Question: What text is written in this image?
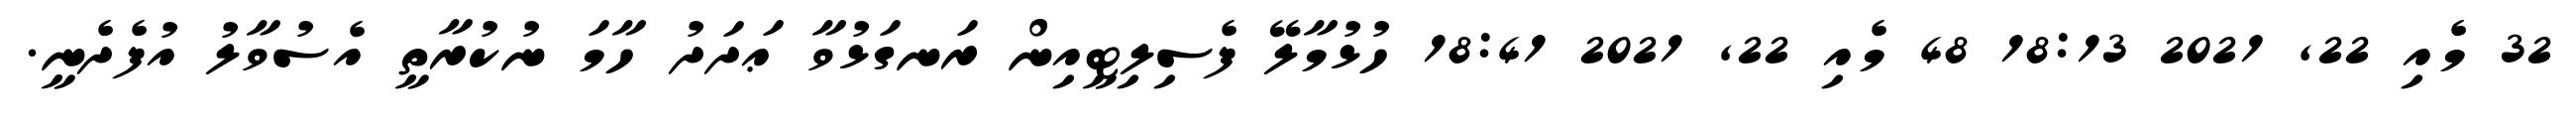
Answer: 32 މެއި 22, 2021 18:13 48 މެއި 22, 2021 18:41 ހުޅުމާލޭ ފެސިލިޓީއިން ރަނގަޅުވާ ޢަދަދު ހާމަ ނުކުރާތީ އެސުވާލު އުފެދެނީ.